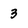
Character: 3